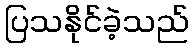
ပြသနိုင်ခဲ့သည်